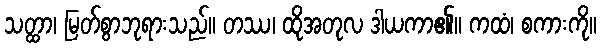
သတ္ထာ၊ မြတ်စွာဘုရားသည်။ တဿ၊ ထိုအတုလ ဒါယကာ၏။ ကထံ၊ စကားကို။